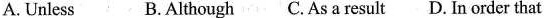
A. Unless B.Although C.As a result D. In order that